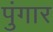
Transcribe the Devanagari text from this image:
पुंगार